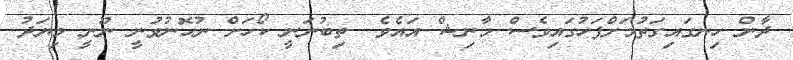
ދާން ހިނގައިގަތުމަށްފަހުގައިވެސް މާނިޝް އައެވެ  ތިބުނަނީ ކޯހަށް ނުހޮނުވުނީ ނޫނީ މިޔަދު